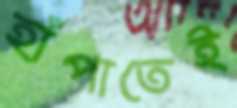
হাঁপাতেই